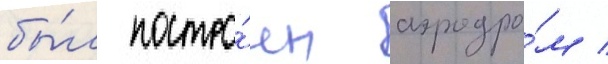
бы́л постро́ен аэродро́м /